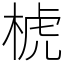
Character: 椃